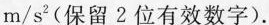
m/s^{2}(保留2位有效数字)。